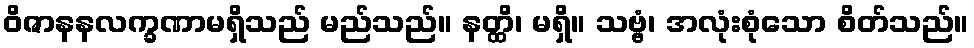
ဝိဇာနနလက္ခဏာမရှိသည် မည်သည်။ နတ္ထိ၊ မရှိ။ သဗ္ဗံ၊ အလုံးစုံသော စိတ်သည်။